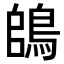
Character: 鴭